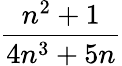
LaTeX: \frac{n^{2}+1}{4n^{3}+5n}